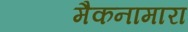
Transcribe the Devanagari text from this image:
मैकनामारा